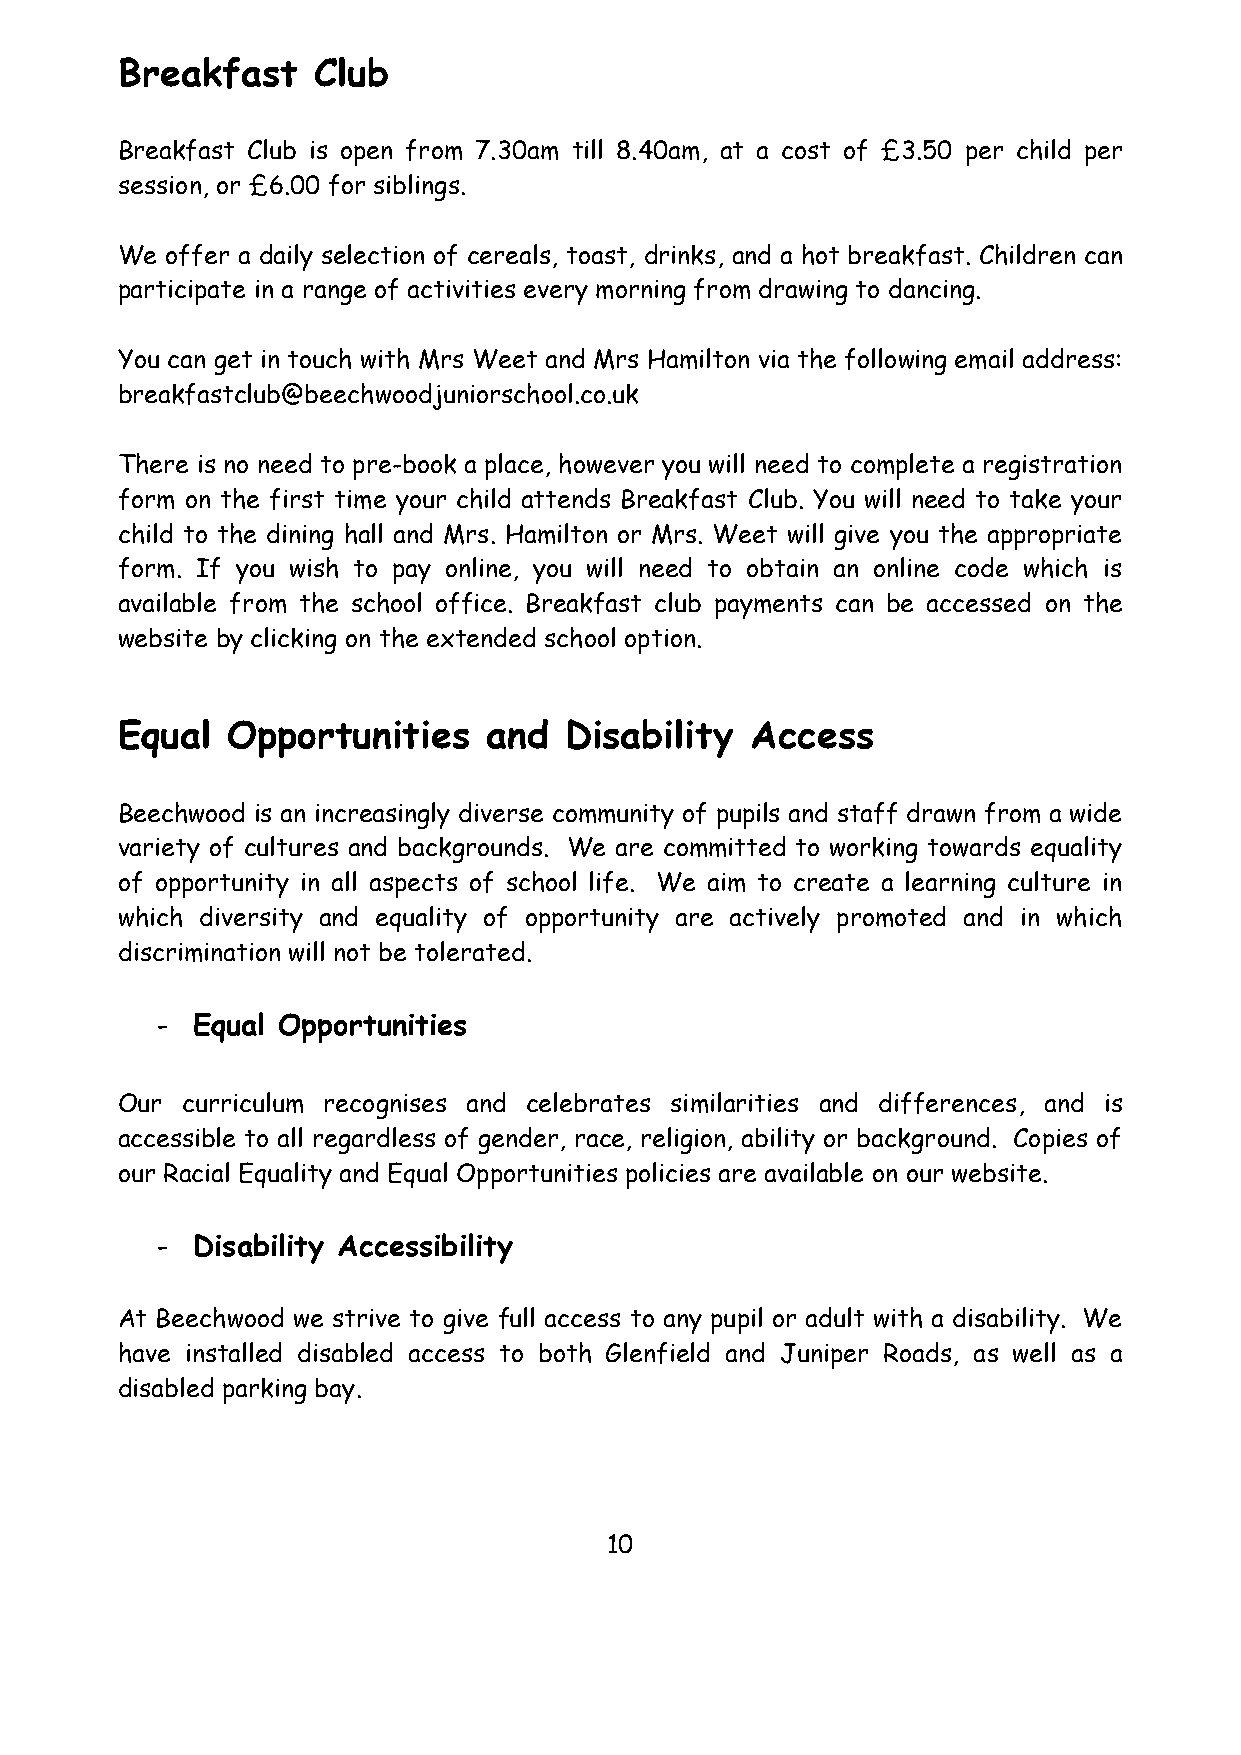
Breakfast    Club
 Breakfast Club is open from 7.30am till 8.40am, at a cost of £3.50 per child per
 session, or £6.00 for siblings.
 We offer a daily selection of cereals, toast, drinks, and a hot breakfast. Children can
 participate in a range of activities every morning from drawing to dancing.
 You can get in touch with Mrs Weet and Mrs Hamilton via the following email address:
 breakfastclub@beechwoodjuniorschool.co.uk
 There is no need to pre-book a place, however you will need to complete a registration
 form on the first time your child attends Breakfast Club. You will need to take your
 child to the dining hall and Mrs. Hamilton or Mrs. Weet will give you the appropriate
 form. If you wish to pay online, you will need to obtain an online code which is
 available from the school office. Breakfast club payments can be accessed on the
 website by clicking on the extended school option.
 Equal  Opportunities    and  Disability   Access
 Beechwood is an increasingly diverse community of pupils and staff drawn from a wide
 variety of cultures and backgrounds. We are committed to working towards equality
 of opportunity in all aspects of school life. We aim to create a learning culture in
 which diversity and equality of opportunity are actively promoted and in which
 discrimination will not be tolerated.
 -  Equal Opportunities
 Our curriculum recognises and celebrates similarities and differences, and is
 accessible to all regardless of gender, race, religion, ability or background. Copies of
 our Racial Equality and Equal Opportunities policies are available on our website.
 -  Disability Accessibility
 At Beechwood we strive to give full access to any pupil or adult with a disability. We
 have installed disabled access to both Glenfield and Juniper Roads, as well as a
 disabled parking bay.
 10